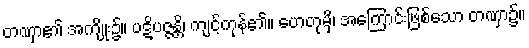
တဏှာ၏ အကျိုး၌။ ပဋိပဇ္ဇန္တိ၊ ကျင့်ကုန်၏။ ဟေတုမှိ၊ အကြောင်းဖြစ်သော တဏှာ၌။